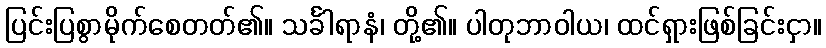
ပြင်းပြစွာမိုက်စေတတ်၏။ သင်္ခါရာနံ၊ တို့၏။ ပါတုဘာဝါယ၊ ထင်ရှားဖြစ်ခြင်းငှာ။